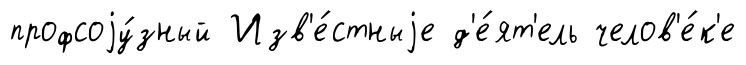
профсоjу́зный Изв'е́стныjе д'е́ят'ель челов'е́к'е